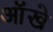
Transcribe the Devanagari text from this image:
आॅखे